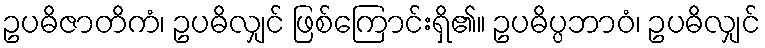
ဥပဓိဇာတိကံ၊ ဥပဓိလျှင် ဖြစ်ကြောင်းရှိ၏။ ဥပဓိပ္ပဘာဝံ၊ ဥပဓိလျှင်